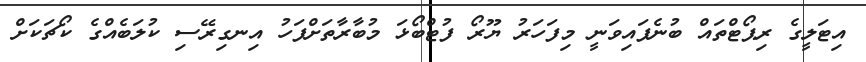
އިޓަލީގެ ރިޕޯޓްތައް ބުނެފައިވަނީ މިފަހަރު ޔޫރޯ ފުޓްބޯޅަ މުބާރާތަށްފަހު އިނގިރޭސި ކުލަބެއްގެ ކޯޗަކަށް